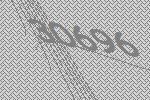
30696